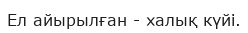
Ел айырылған - халық күйі.